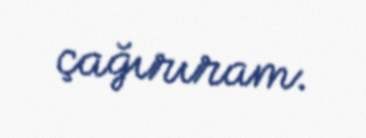
çağırıram.